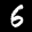
Label: 6